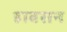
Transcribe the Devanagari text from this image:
हाबसन